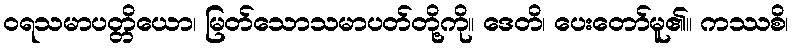
ဝရသမာပတ္တိယော၊ မြတ်သောသမာပတ်တို့ကို။ ဒေတိ၊ ပေးတော်မူ၏။ ကဿစိ၊